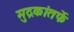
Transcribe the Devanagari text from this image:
मुद्रकांतर्फे